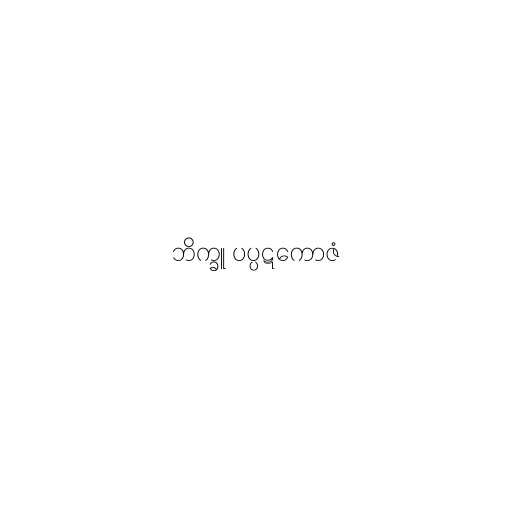
ဘိက္ခူ ပပ္ပဋကောဇံ